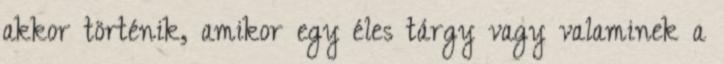
akkor történik, amikor egy éles tárgy vagy valaminek a